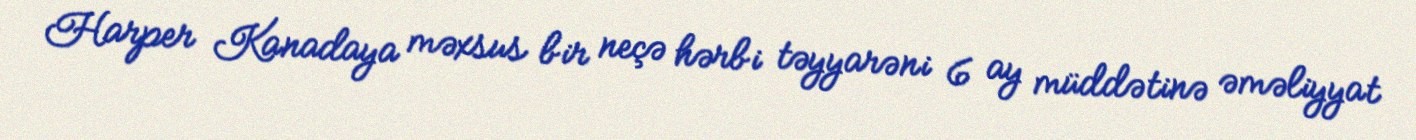
Harper Kanadaya məxsus bir neçə hərbi təyyarəni 6 ay müddətinə əməliyyat